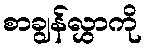
စာချွန်လွှာကို